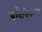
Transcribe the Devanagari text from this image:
क्लैविकल